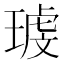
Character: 𰢉